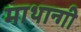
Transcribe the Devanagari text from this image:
माथान्गी